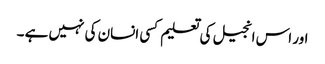
اور اس انجیل کی تعلیم کسی انسان کی نہیں ہے ۔